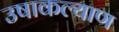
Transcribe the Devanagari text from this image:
उषाकल्याण